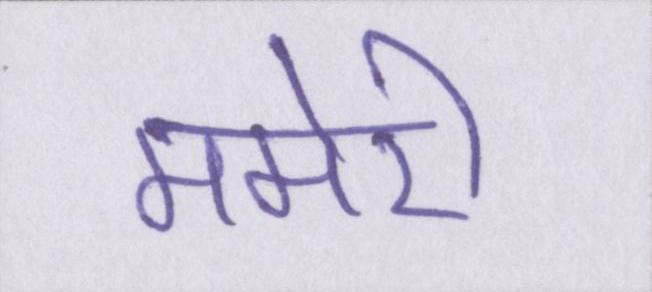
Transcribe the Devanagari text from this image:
ममेरी